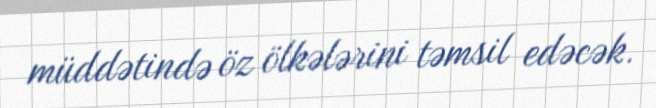
müddətində öz ölkələrini təmsil edəcək.